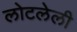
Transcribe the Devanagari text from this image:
लोटलेली